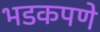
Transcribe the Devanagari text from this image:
भडकपणे